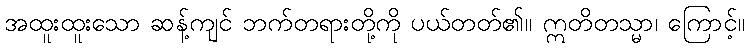
အထူးထူးသော ဆန့်ကျင် ဘက်တရားတို့ကို ပယ်တတ်၏။ ဣတိတသ္မာ၊ ကြောင့်။